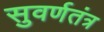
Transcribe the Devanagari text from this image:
सुवर्णतंत्र